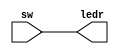
module ledtest2(sw, ledr);

	input [2:0]sw;
	output [2:0]ledr;
	
	assign ledr=sw;
	
endmodule